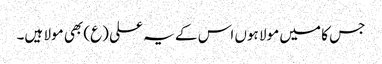
جس کا میں مولا ہوں اس کے یہ علی (ع) بھی مولا ہیں۔